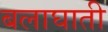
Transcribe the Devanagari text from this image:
बलाघाती